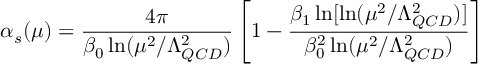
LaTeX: \alpha _ { s } ( \mu ) = \frac { 4 \pi } { \beta _ { 0 } \ln ( \mu ^ { 2 } / \Lambda _ { Q C D } ^ { 2 } ) } \left[ 1 - \frac { \beta _ { 1 } \ln [ \ln ( \mu ^ { 2 } / \Lambda _ { Q C D } ^ { 2 } ) ] } { \beta _ { 0 } ^ { 2 } \ln ( \mu ^ { 2 } / \Lambda _ { Q C D } ^ { 2 } ) } \right]